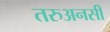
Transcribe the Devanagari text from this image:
तरुअनसी